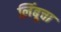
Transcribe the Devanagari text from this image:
लिंबूचा